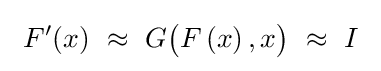
\ F'(x)\ \approx \ G{\bigl (}F\left(x\right),x{\bigr )}\ \approx \ I\